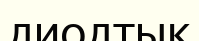
диодтық